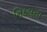
નિકલતા